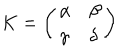
K = \left( \begin{array} { l l } { { \alpha } } & { { \beta } } \\ { { \gamma } } & { { \delta } } \\ \end{array} \right)